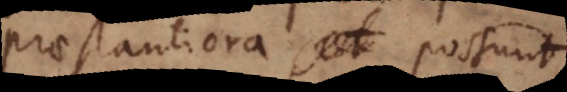
praestantiora possunt